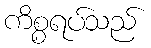
ကိစ္စရပ်သည်